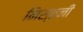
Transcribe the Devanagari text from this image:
निस्तनी